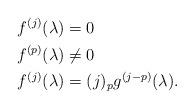
LaTeX: \begin{align*}f^{(j)}(\lambda) & = 0 \quad\qquad\qquad \\f^{(p)}(\lambda) & \neq 0 \\f^{(j)}(\lambda) &= (j)_p g^{(j-p)} (\lambda) . \end{align*}